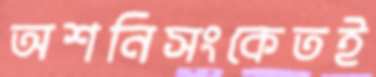
অশনিসংকেতই